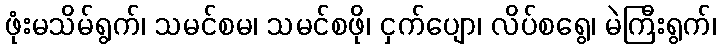
ဖုံးမသိမ်ရွက်၊ သမင်စမ၊ သမင်စဖို၊ ငှက်ပျော၊ လိပ်စရွေ၊ မဲကြီးရွက်၊